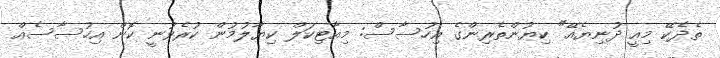
ތެދެކޭ މިއީ ދުނިޔެއޭ" ކިޔުންތެރިންގެ އިހުސާސް: މިއާޓިކަލް ކިޔާލުމުން ކުރެވުނީ ކޮން އިހުސާސެއް